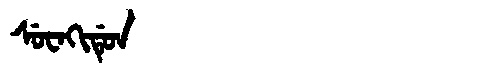
Manchu: ᠰᡠᠸᠠᡴᡳᡩᡠᠨ
Romanization: SUWAKIDUN